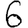
Digit: 6